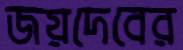
জয়দেবের